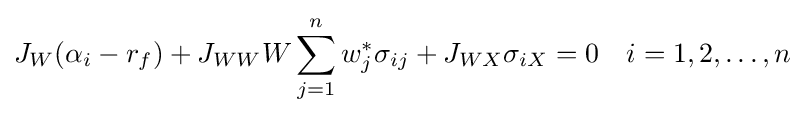
J_{W}(\alpha _{i}-r_{f})+J_{WW}W\sum _{j=1}^{n}w_{j}^{*}\sigma _{ij}+J_{WX}\sigma _{iX}=0\quad i=1,2,\ldots ,n